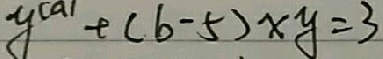
y ^ { ( a ) } + ( b - 5 ) x y = 3